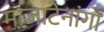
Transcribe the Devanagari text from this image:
माज़ाटेनांगो